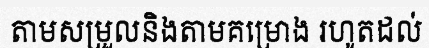
តាមសម្រួលនិងតាមគម្រោង រហូតដល់